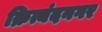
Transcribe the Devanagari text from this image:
क्रित्यंदनगर